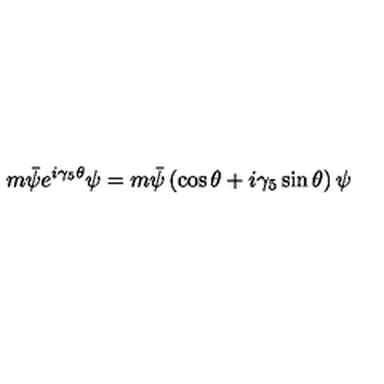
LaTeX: m \bar { \psi } e ^ { i \gamma _ { 5 } \theta } \psi = m \bar { \psi } \left( \cos \theta + i \gamma _ { 5 } \sin \theta \right) \psi